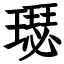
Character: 璱